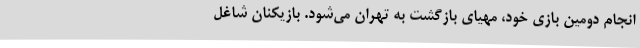
انجام دومین بازی خود، مهیای بازگشت به تهران می‌شود. بازیکنان شاغل